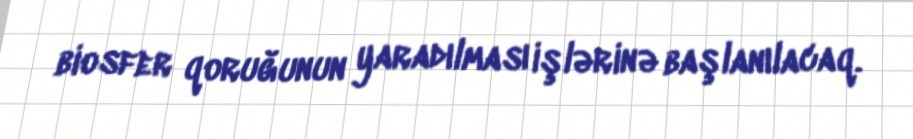
biosfer qoruğunun yaradılması işlərinə başlanılacaq.